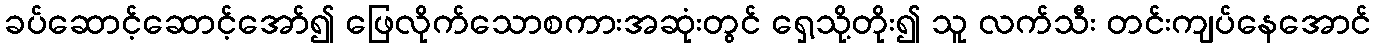
ခပ်ဆောင့်ဆောင့်အော်၍ ဖြေလိုက်သောစကားအဆုံးတွင် ရှေ့သို့တိုး၍ သူ လက်သီး တင်းကျပ်နေအောင်